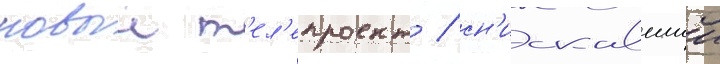
новыи т'ел'епроект / сн'искавшии